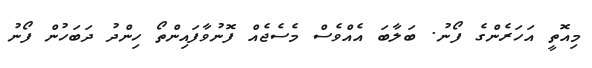
މިއޮތީ އަހަރެންގެ ފޯނު. ބަލާބަ އެއްވެސް މެސެޖެއް ފޮނުވާފައިންތޯ ހިންދު ދަބަހުން ފޯނު